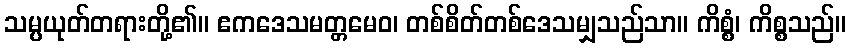
သမ္ပယုတ်တရားတို့၏။ ဧကဒေသမတ္တမေဝ၊ တစ်စိတ်တစ်ဒေသမျှသည်သာ။ ကိစ္စံ၊ ကိစ္စသည်။